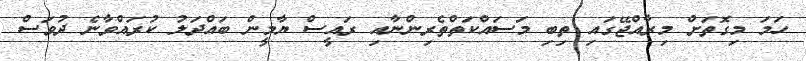
ހަމަ މިގޮތަށް މިރާއްޖޭގައި ތިބި މަސައްކަތްތެރިންނާއި ރައީސް ޔާމީން ބައްދަލު ކުރައްވާނެ ދުވަސް